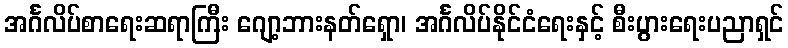
အင်္ဂလိပ်စာရေးဆရာကြီး ဂျော့ဘားနတ်ရှော၊ အင်္ဂလိပ်နိုင်ငံရေးနှင့် စီးပွားရေးပညာရှင်